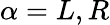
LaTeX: \alpha=L,R